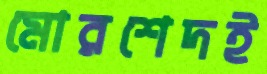
মোরশেদই